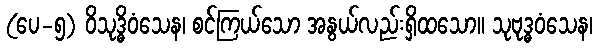
(ပေ-၅) ဝိသုဒ္ဓိဝံသေန၊ စင်ကြယ်သော အနွယ်လည်းရှိထသော။ သုဗုဒ္ဓဝံသေန၊